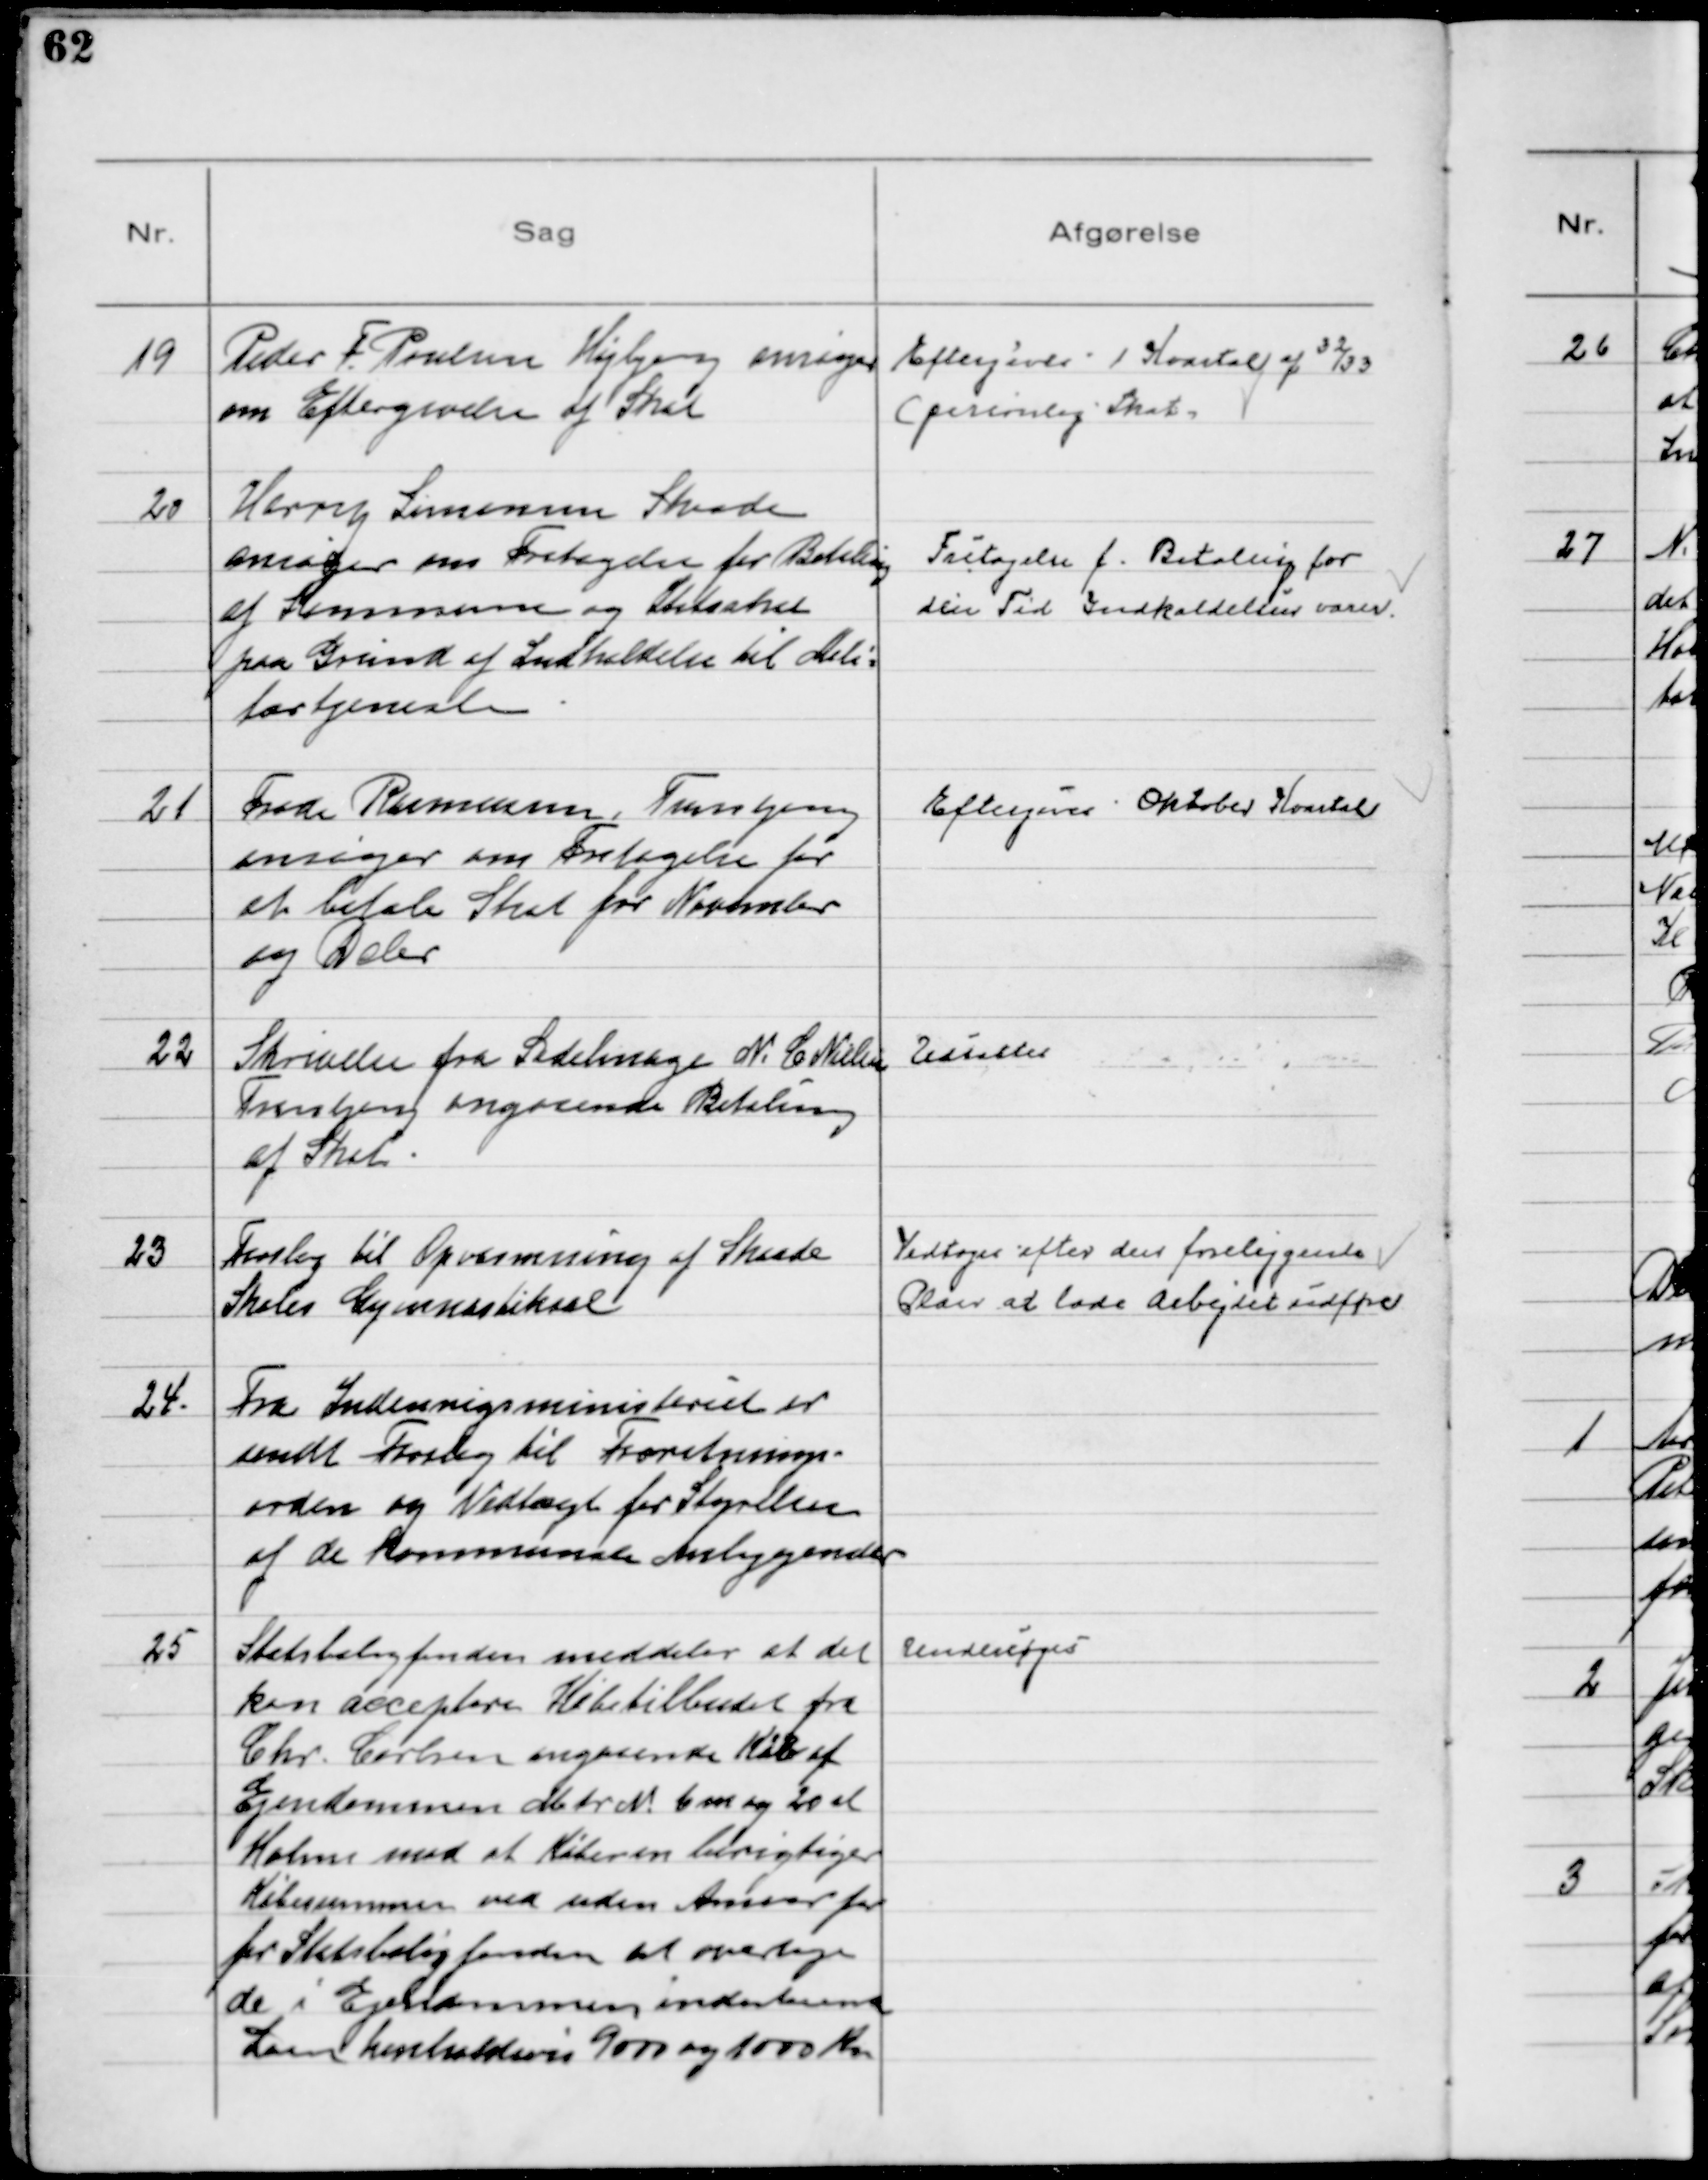
Transskription:
19
Peder F. Poulsen Højbjerg ansøger
om Eftergivelse af Skat

Eftergives 1 Kvartal af 32/33
(personlig Skat)

20
Harry Simonsen Skaade
ansøger om Fritagelse for Betaling
af Kommune og Statsskat
paa Grund af Indkaldelse til Mili-
tærtjeneste

Fritagelse f. Betaling for
den Tid Indkaldelsen varer.

21
Frode Rasmussen, Tranbjerg
ansøger om Fritagelse for
et beløb Skat for November
og Dcbr

Eftergives Oktober Kvartal

22
Skrivelse fra Sadelmager N. C Nielsen
Tranbjerg angaaende Betaling
af Skat

Udsattes

23
Forslag til Opvarmning af Skaade
Skoles Gymnastiksal

Vedtoges efter den foreliggende
Plan at lade Arbejdet udføre

24.
Fra Indenrigsministeriet er
sendt Forslag til Forretnings-
orden og Vedtægt for Styrelsen
ad de Kommunale Anliggender

25
Statsboligfonden meddeler at det
kan acceptere Købstilbudet fra
Chr. Carlsen angaaende Køb af
Ejendommen Matr № 6m og 20d
Holme mod at Køberen berigtiger
Købesummen ved uden Ansvar for
for Statsboligfonden at overtage
de i Ejendommen indestaaende
Laan henholdsvis 9000 og 1000 Kr

Undersøges